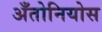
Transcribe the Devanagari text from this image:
अँतोनियोस